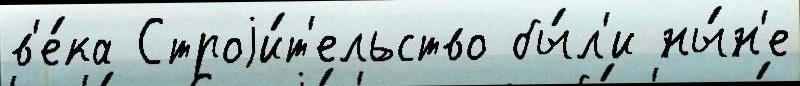
в'е́ка Строjи́т'ельство бы́л'и ны́н'е